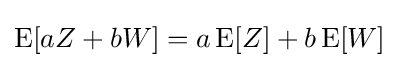
\operatorname {E} [aZ+bW]=a\operatorname {E} [Z]+b\operatorname {E} [W]